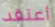
أعتقد